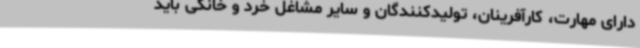
دارای مهارت، کارآفرینان، تولیدکنندگان و سایر مشاغل خرد و خانگی باید